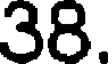
38.